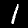
Digit: 1